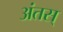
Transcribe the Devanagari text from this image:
अंतस्